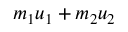
m _ { 1 } u _ { 1 } + m _ { 2 } u _ { 2 }